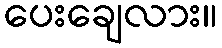
ပေးချေလား။